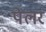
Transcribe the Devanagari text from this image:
पेलर